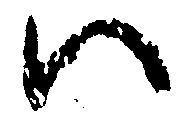
い